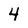
Character: 4